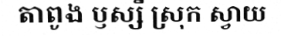
តាពូង ឫស្សី ស្រុក ស្វាយ